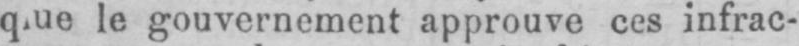
le gouvernement approuve ces infrac-